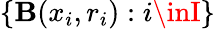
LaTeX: \{ \mathbf{B}(x_{i},r_{i}):i\inI\}